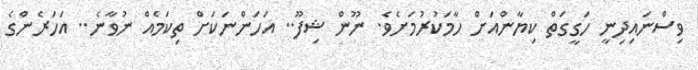
ވިސްނައިދިނީ ހަގީގަތް ކިޔާންއަށް ހާމަކުރުމަށެވެ. ނޫން ޝިފޫ.. އަހަންނަކަށް ތިކަމެއް ނުވާނެ.. އަހަރެންގެ